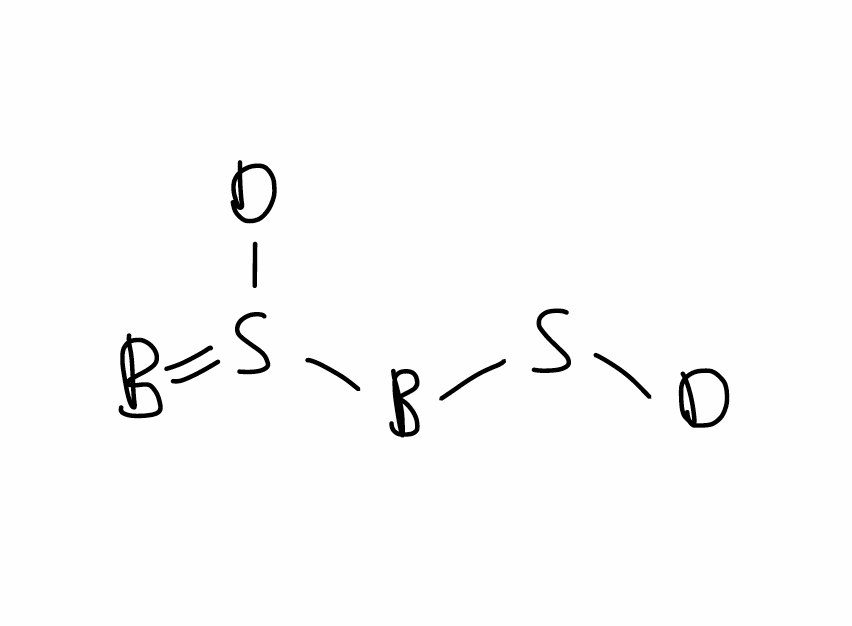
Simplified molecular-input line-entry system (SMILES) notation of the given molecule:
[2H]S[B]S(=[B])[2H]